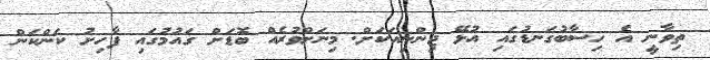
ތިވާނީ އެ ހިސާބުގަނޑުގައި އުޅޭ ޖިންނިއަކަށް. މިނަށްވުރެއް ބޮޑަށް ގައުމުގައި ފާހިށު ކަންކަން